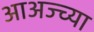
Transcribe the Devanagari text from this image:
आअज्च्या